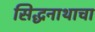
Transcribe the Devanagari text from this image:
सिद्धनाथाचा